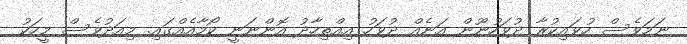
ނަމަވެސް ހުވައިކުރާ ދުވަހުނޫން އަނެއް ދުވަހު އިއްތިހާދު އޮންނަނީ ކޯމާއެއްގައި. މިއަދުވެސް މީހަކު